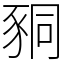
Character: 𧱁